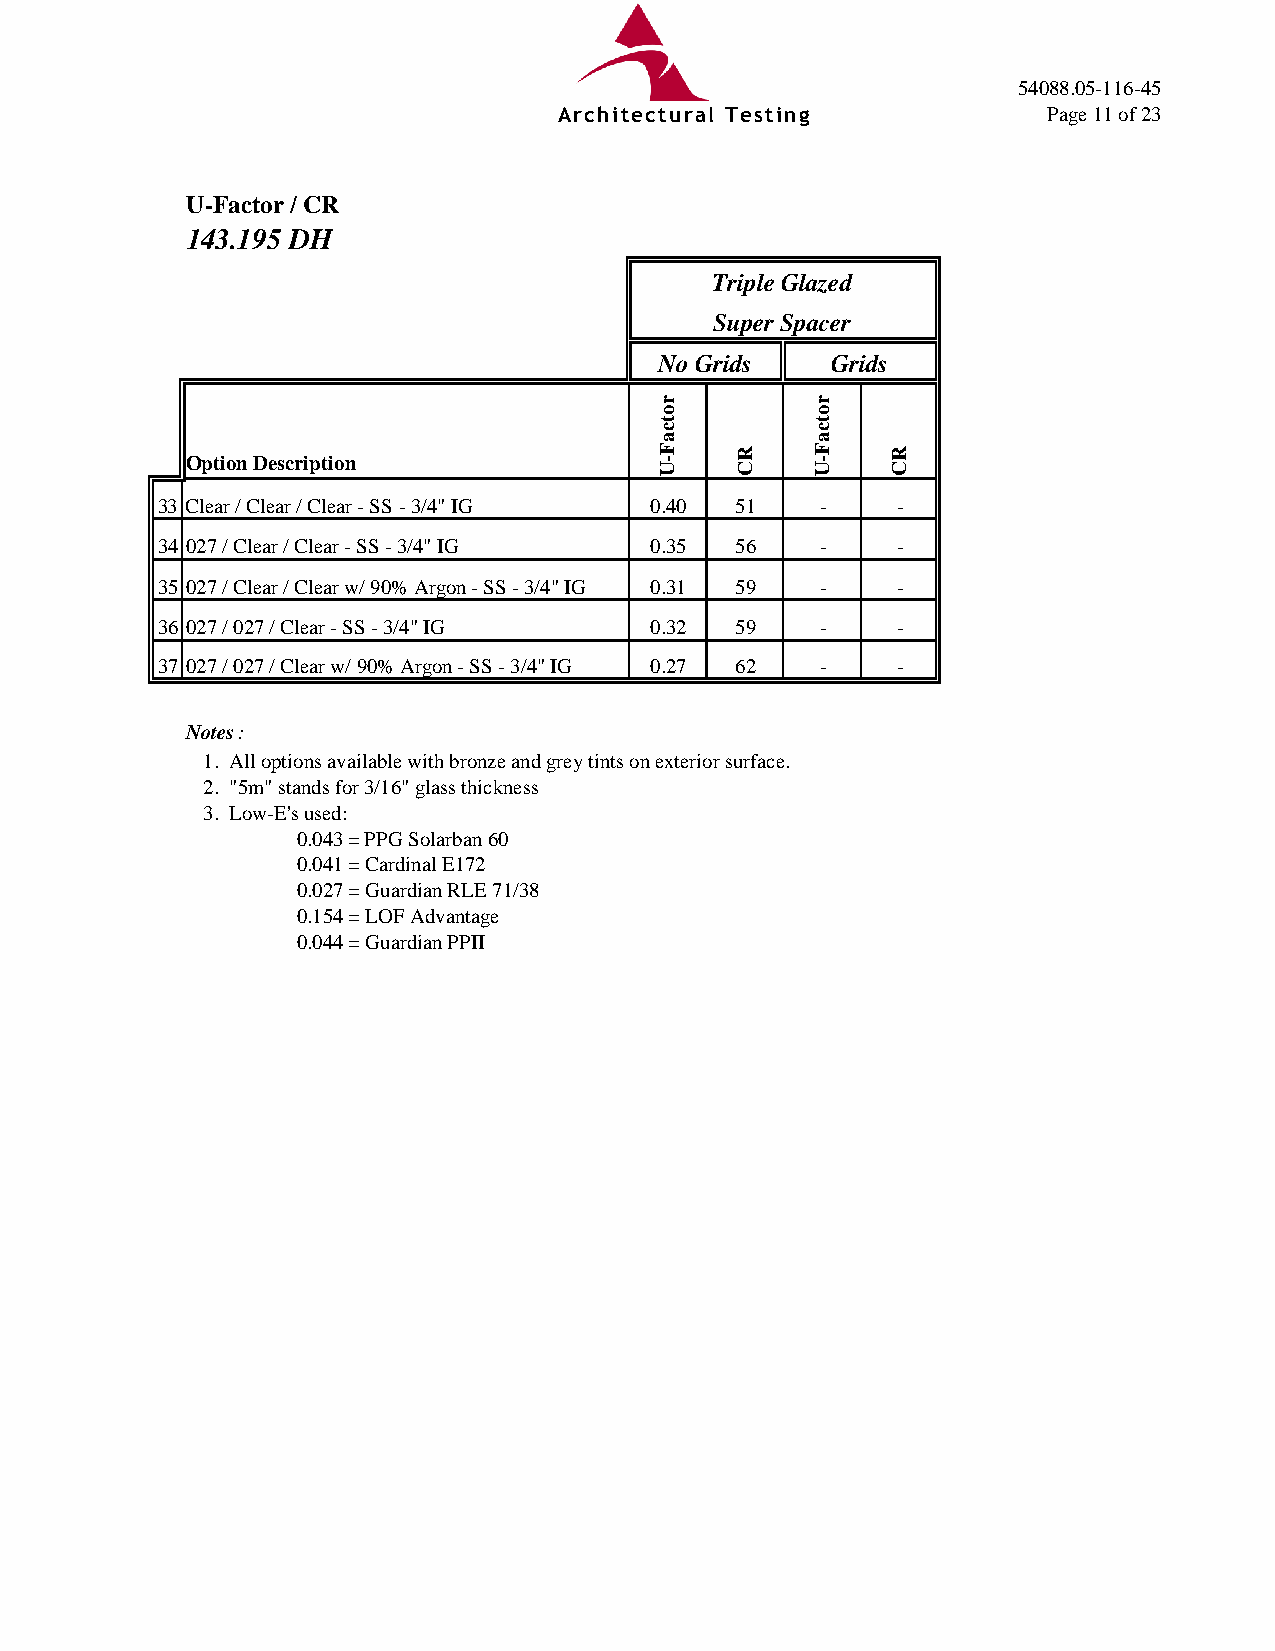
54088.05-116-45
 Architectural Testing           Page 11 of 23
 U-Factor / CR
 143.195 DH
 Triple Glazed
 Super Spacer
 No Grids   Grids
 Option Description
 33 Clear / Clear / Clear - SS - 3/4" IG 0.40 51 - -
 34 027 / Clear / Clear - SS - 3/4" IG 0.35 56 -  -
 35 027 / Clear / Clear w/ 90% Argon - SS - 3/4" IG 0.31 59 - -
 36 027 / 027 / Clear - SS - 3/4" IG 0.32 59 -    -
 37 027 / 027 / Clear w/ 90% Argon - SS - 3/4" IG 0.27 62 - -
 Notes:
 1. All options available with bronze and grey tints on exterior surface.
 2. "5m" stands for 3/16" glass thickness
 3. Low-E's used:
 0.043 = PPG Solarban 60
 0.041 = Cardinal E172
 0.027 = Guardian RLE 71/38
 0.154 = LOF Advantage
 0.044 = Guardian PPII
 rotcaF-U
 RC
 rotcaF-U
 RC